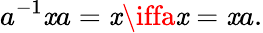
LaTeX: a^{-1}\mathit{x}a=\mathit{x}\iffa\mathit{x}=\mathit{x}a.